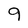
Character: 9